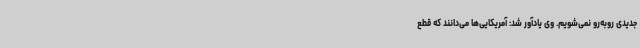
جدیدی روبه‌رو نمی‌شویم. وی یادآور شد: آمریکایی‌ها می‌دانند که قطع